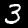
Label: 3